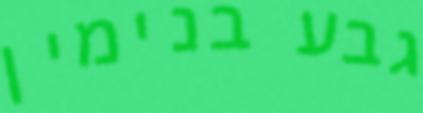
גבע בנימין